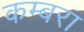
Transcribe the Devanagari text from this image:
कम्बरा